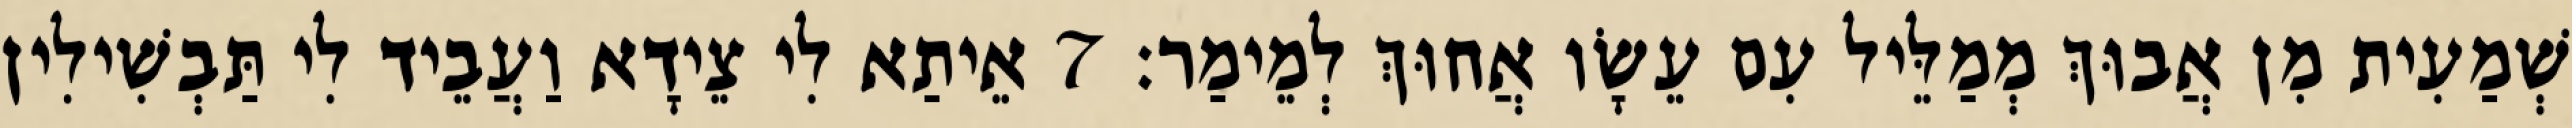
שְׁמַעִית מִן אֲבוּךְ מְמַלֵּיל עִם עֵשָׂו אֲחוּךְ לְמֵימַר׃ 7 אֵיתַא לִי צֵידָא וַעֲבֵיד לִי תַּבְשִׁילִין